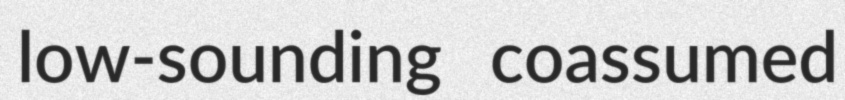
low-sounding coassumed